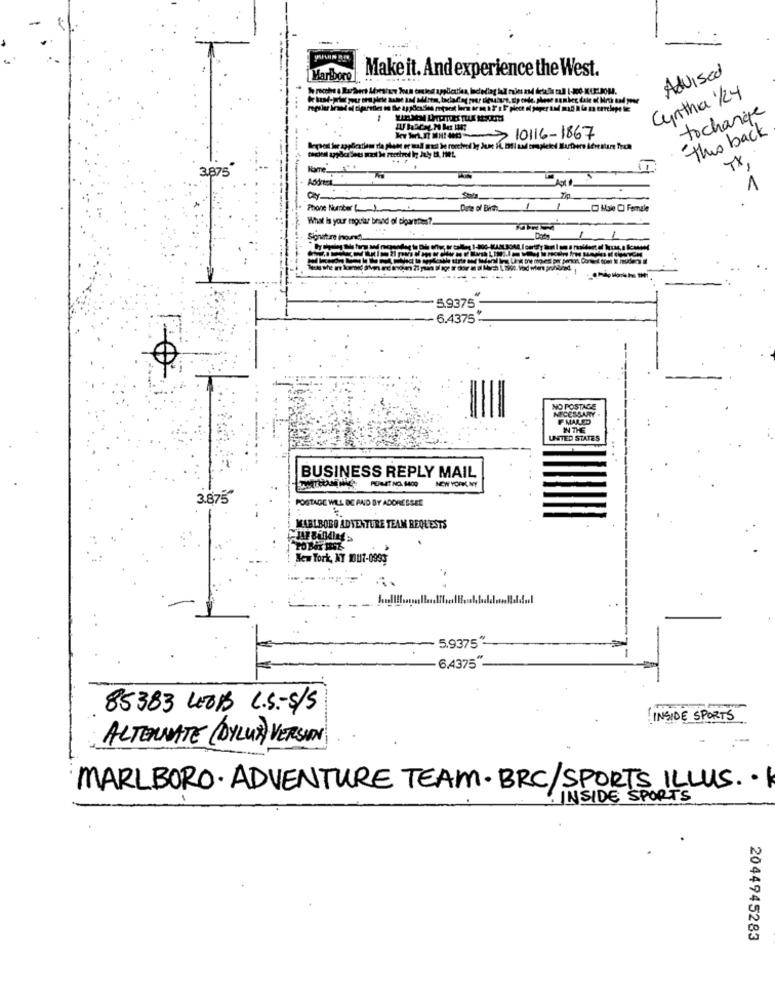
Make it. And experience the West.
Advised
Marlboro
Cynthia 1/24
tochange
this back
-3 10116-1867
TX,
3.875
--
Address
Shia
Phone Number() )
Date of Birth_
Male CI Female
What Is your mocar brand of cigarettes?
1 1
5.9375-
6.4375
NO POSTAGE
NECESSARY .
IF MALSO
INTHE
UNITED STATES
BUSINESS REPLY MAIL
PUMET NO 1400
NEW YORK, NY
3.875"
POSTAGE WILL BE PAID BY ADORESSEE
MARLBORO ADVENTURE TEAM REQUESTS
New York, NY 1007-0993
5.9375"
6.4375"
85383 LEOB C.S .- S/S
INSIDE SPORTS
ALTERNATE (DYLUX) VERSION
MARLBORO. ADVENTURE TEAM. BRC/SPORTS ILLUS. .
INSIDE SPORTS
2044945283